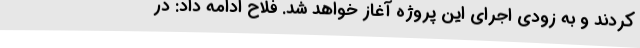
کردند و به زودی اجرای این پروژه آغاز خواهد شد. فلاح ادامه داد: در